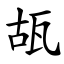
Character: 瓳